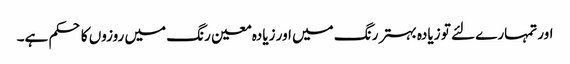
اور تمہارے لئے تو زیادہ بہتر رنگ میں اور زیادہ معین رنگ میں روزوں کا حکم ہے۔